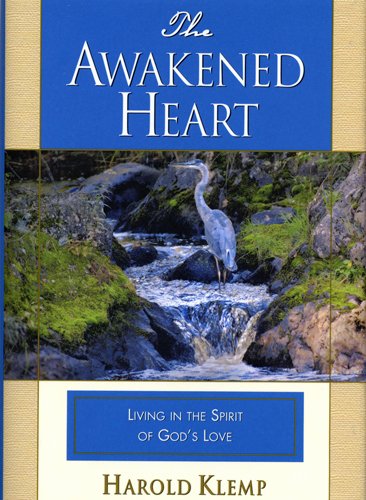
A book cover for The Awakened Heart; Harold Klemp; Religion & Spirituality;